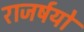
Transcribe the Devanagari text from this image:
राजर्षयो